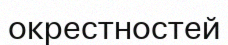
окрестностей